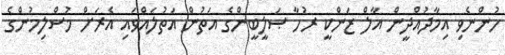
ހުންނެވި އިމާދުއްދީން އާލް ޒަންކީ ރުހާ ޞަލީބީންގެ އަތުން އަތުލައްވައި އެރަށް މުސްލިމުންގެ